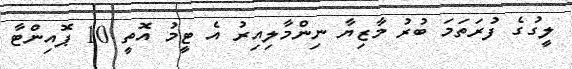
ލީގުގެ ފުރަތަމަ ބުރު މާޒިޔާ ނިންމާލިއިރު އެ ޓީމު އޮތީ 10 ޕޮއިންޓާ